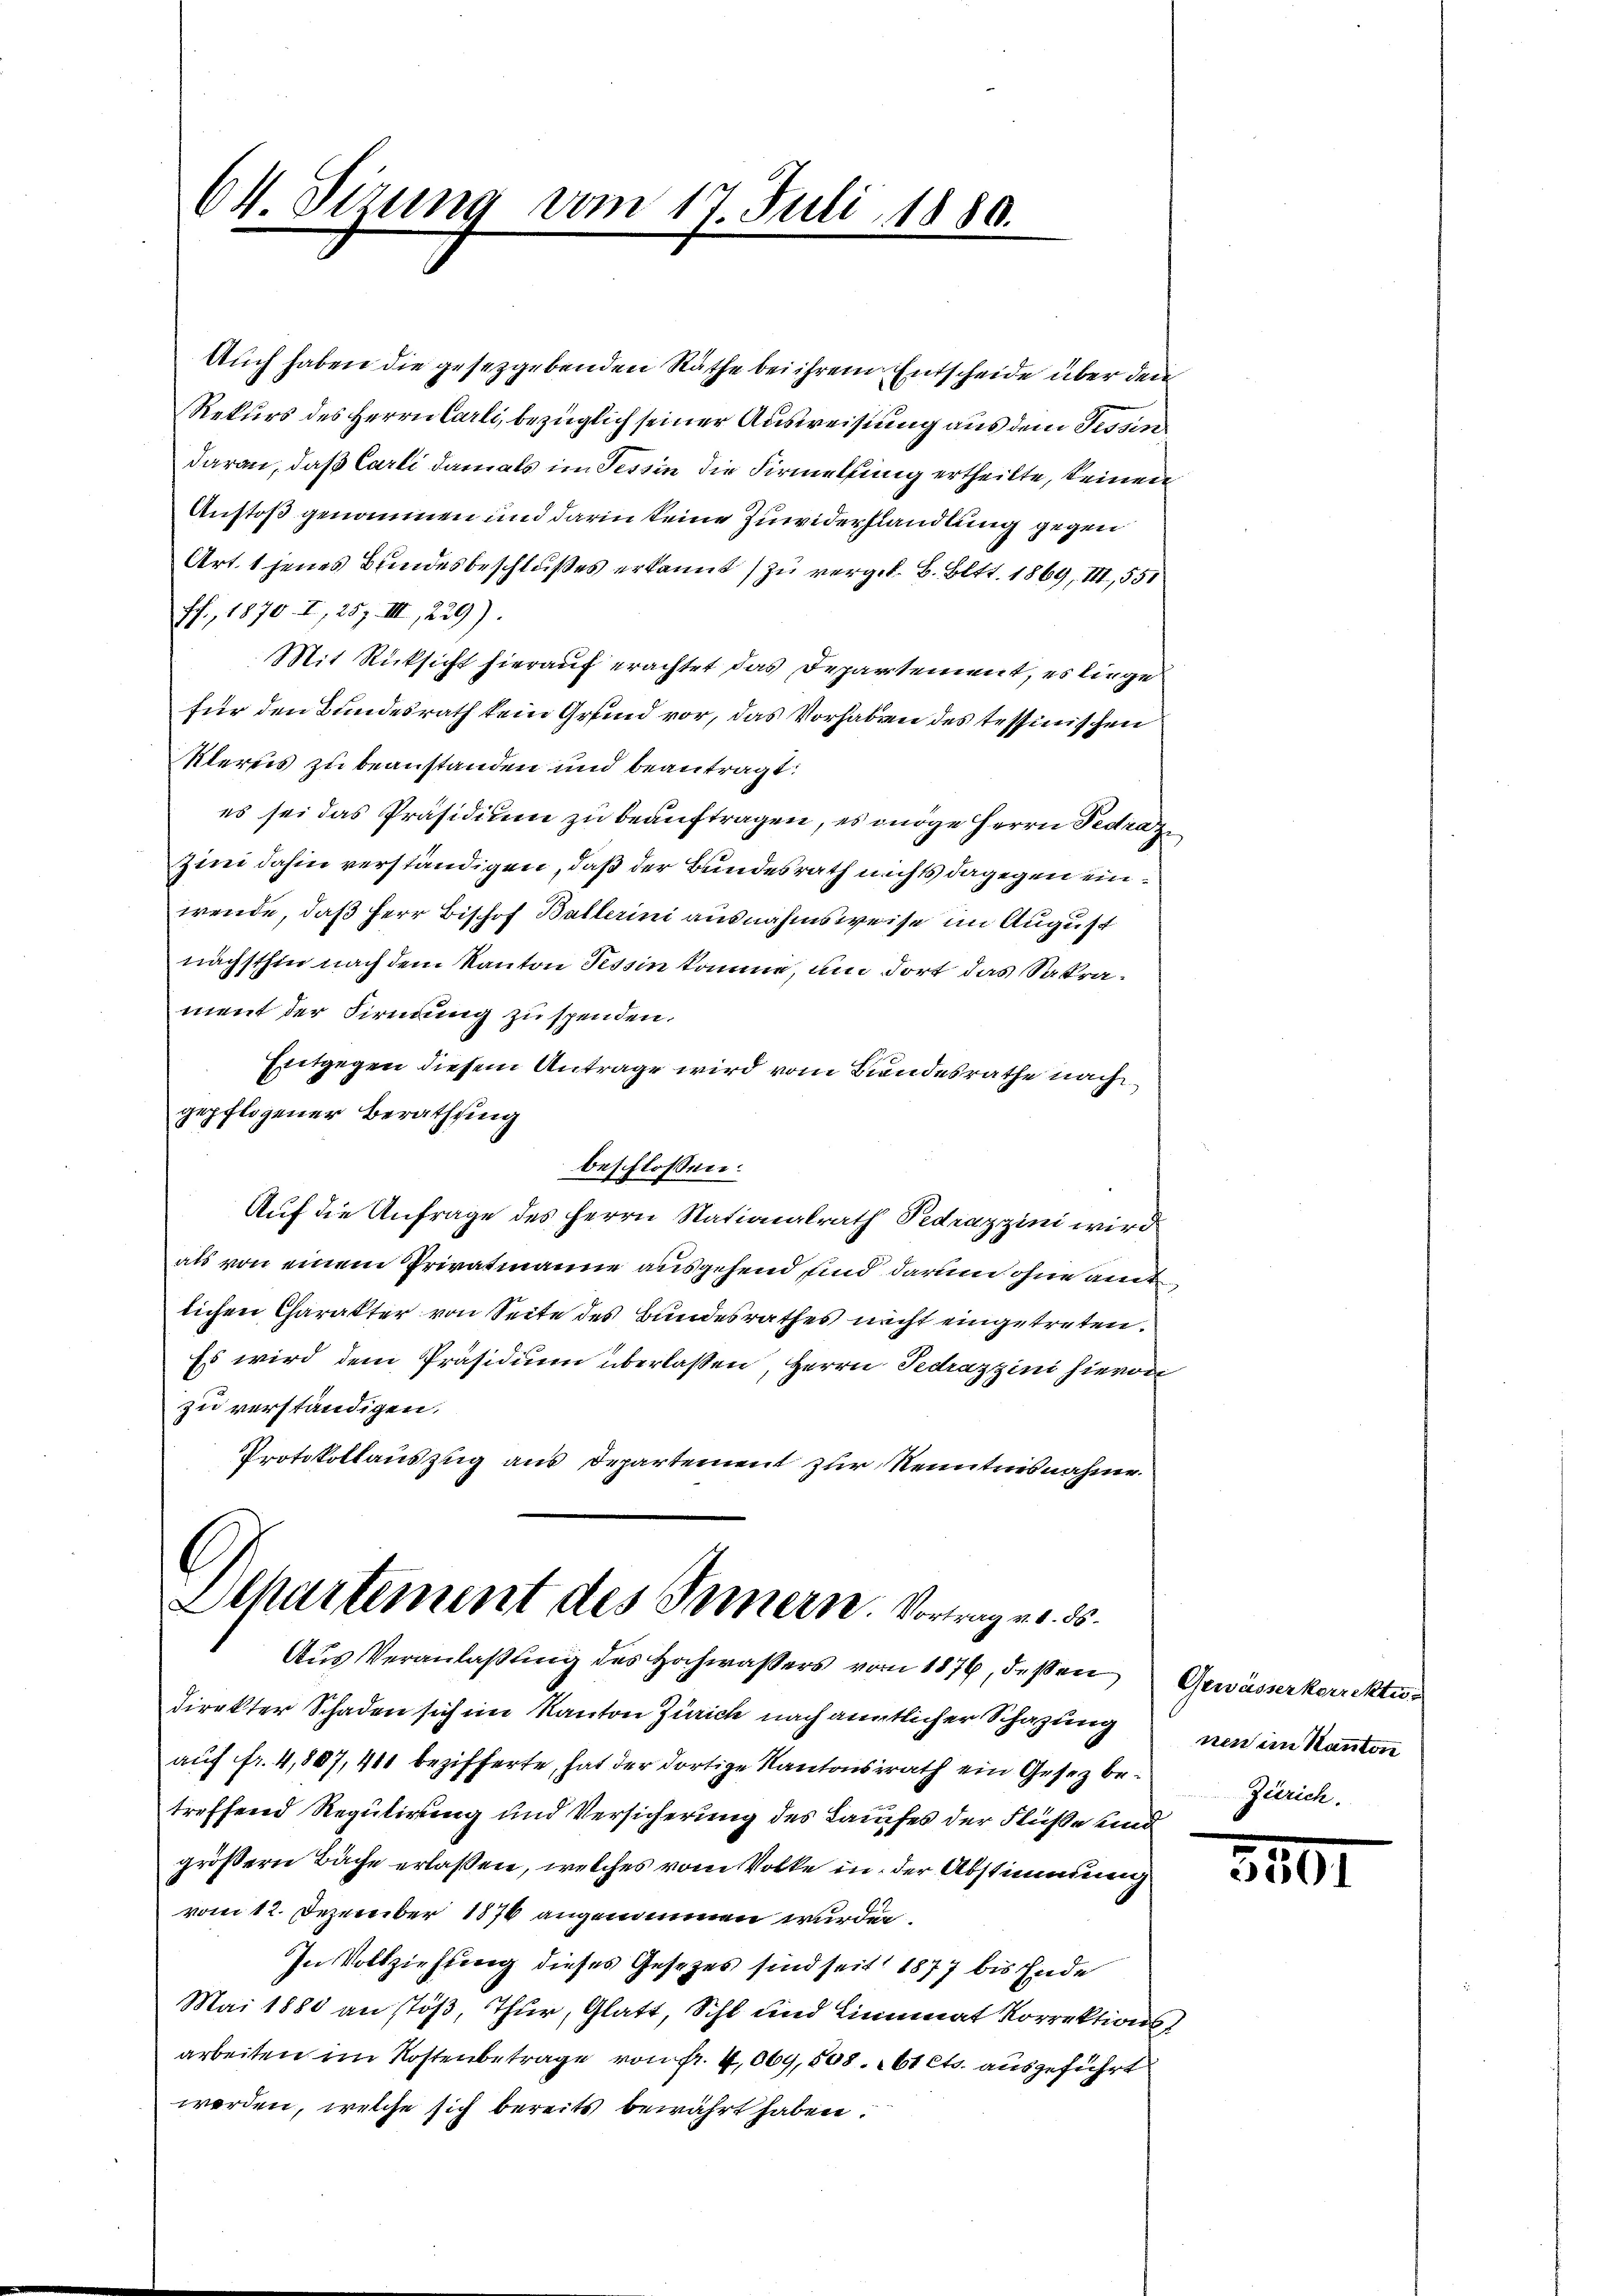
64. Sizung vom 17. Juli 1880.

Auch haben die gesetzgebenden Räthe bei ihrem Entscheide über den
Rekurs des Herrn Carli, bezüglich seiner Ausweisung aus dem Tessin
daran, daß Carli damals im Tessin die Firmellung ertheilte, keinen
Anstoß genommen und darin keine Zuwiderhandlung gegen
Art. 1 jenes Bundesbeschlußes erkannt zu vergeb. B. Bett. 1869, III, 551
ff., 1870. I., 257. III., 229).
Mit Rücksicht hierauf erachtet das Departement, es liege
für den Bundesrath kein Grund vor, das Vorhaben des tessinischen
Kleres zu beanstanden und beantragt:
es sei das Präsidium zu beauftragen, es möge Herrn Pedraz
Zini dahin verständigen, daß der Bundesrath nichts dagegen einwende, daß Herr Bischof Ballerini ausnahmsweise im August
nächsthin nach dem Kanton Tessin komme, um dort das Sakrament der Firnung zu spenden.
Entgegen diesem Antrage wird vom Bundesrathe nach
gepflogener Berathung
beschlossen:
Auf die Anfrage des Herrn Nationalrath Pedrazzini wird
als von einem Privatmanne ausgehend sind darum ohne amt
lichen Charakter von Seite des Bundesrathes nicht eingetreten.
Es wird dem Präsidium überlassen, Herrn Gedrazzini hievon
zu verständigen.
Protokollauszug aus Departement zur Kenntnisnahme.

direkter Schaden sich im Kanton Zürich nach anntlicher Schazung
aŭf fr. 4,807, 411 bezifferte, hat der dortige Kantonsrath ein Gesez be- Zürich.
treffend Regulirung und Versicherung des Laufes der Flüße und
größern Bäche erlaßen, welches vom Volke in der Abstimmung
vom 12. Dezember 1876 angenommen wurden.
In Vollziehung dieses Gesetzes sind seit 1877 bis Ende
Mai 1880 an stöß, Thur, Glatt, Schl und Linnenat Korrektionsarbeiten im Kostenbetrage von fr. 4,069,508. t cts. ausgeführt
werden, welche sich bereits bewährt haben.

Departement des Innern. Vortrag u. 85.
Aus Veranlaßung des Hochwaßers vom 1876, deßen Gewässerkorrekti¬

nen im Kanton

3101